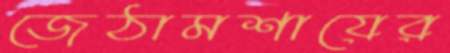
জেঠামশায়ের